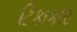
ટિકાકાર